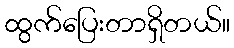
ထွက်ပြေးတာရှိတယ်။